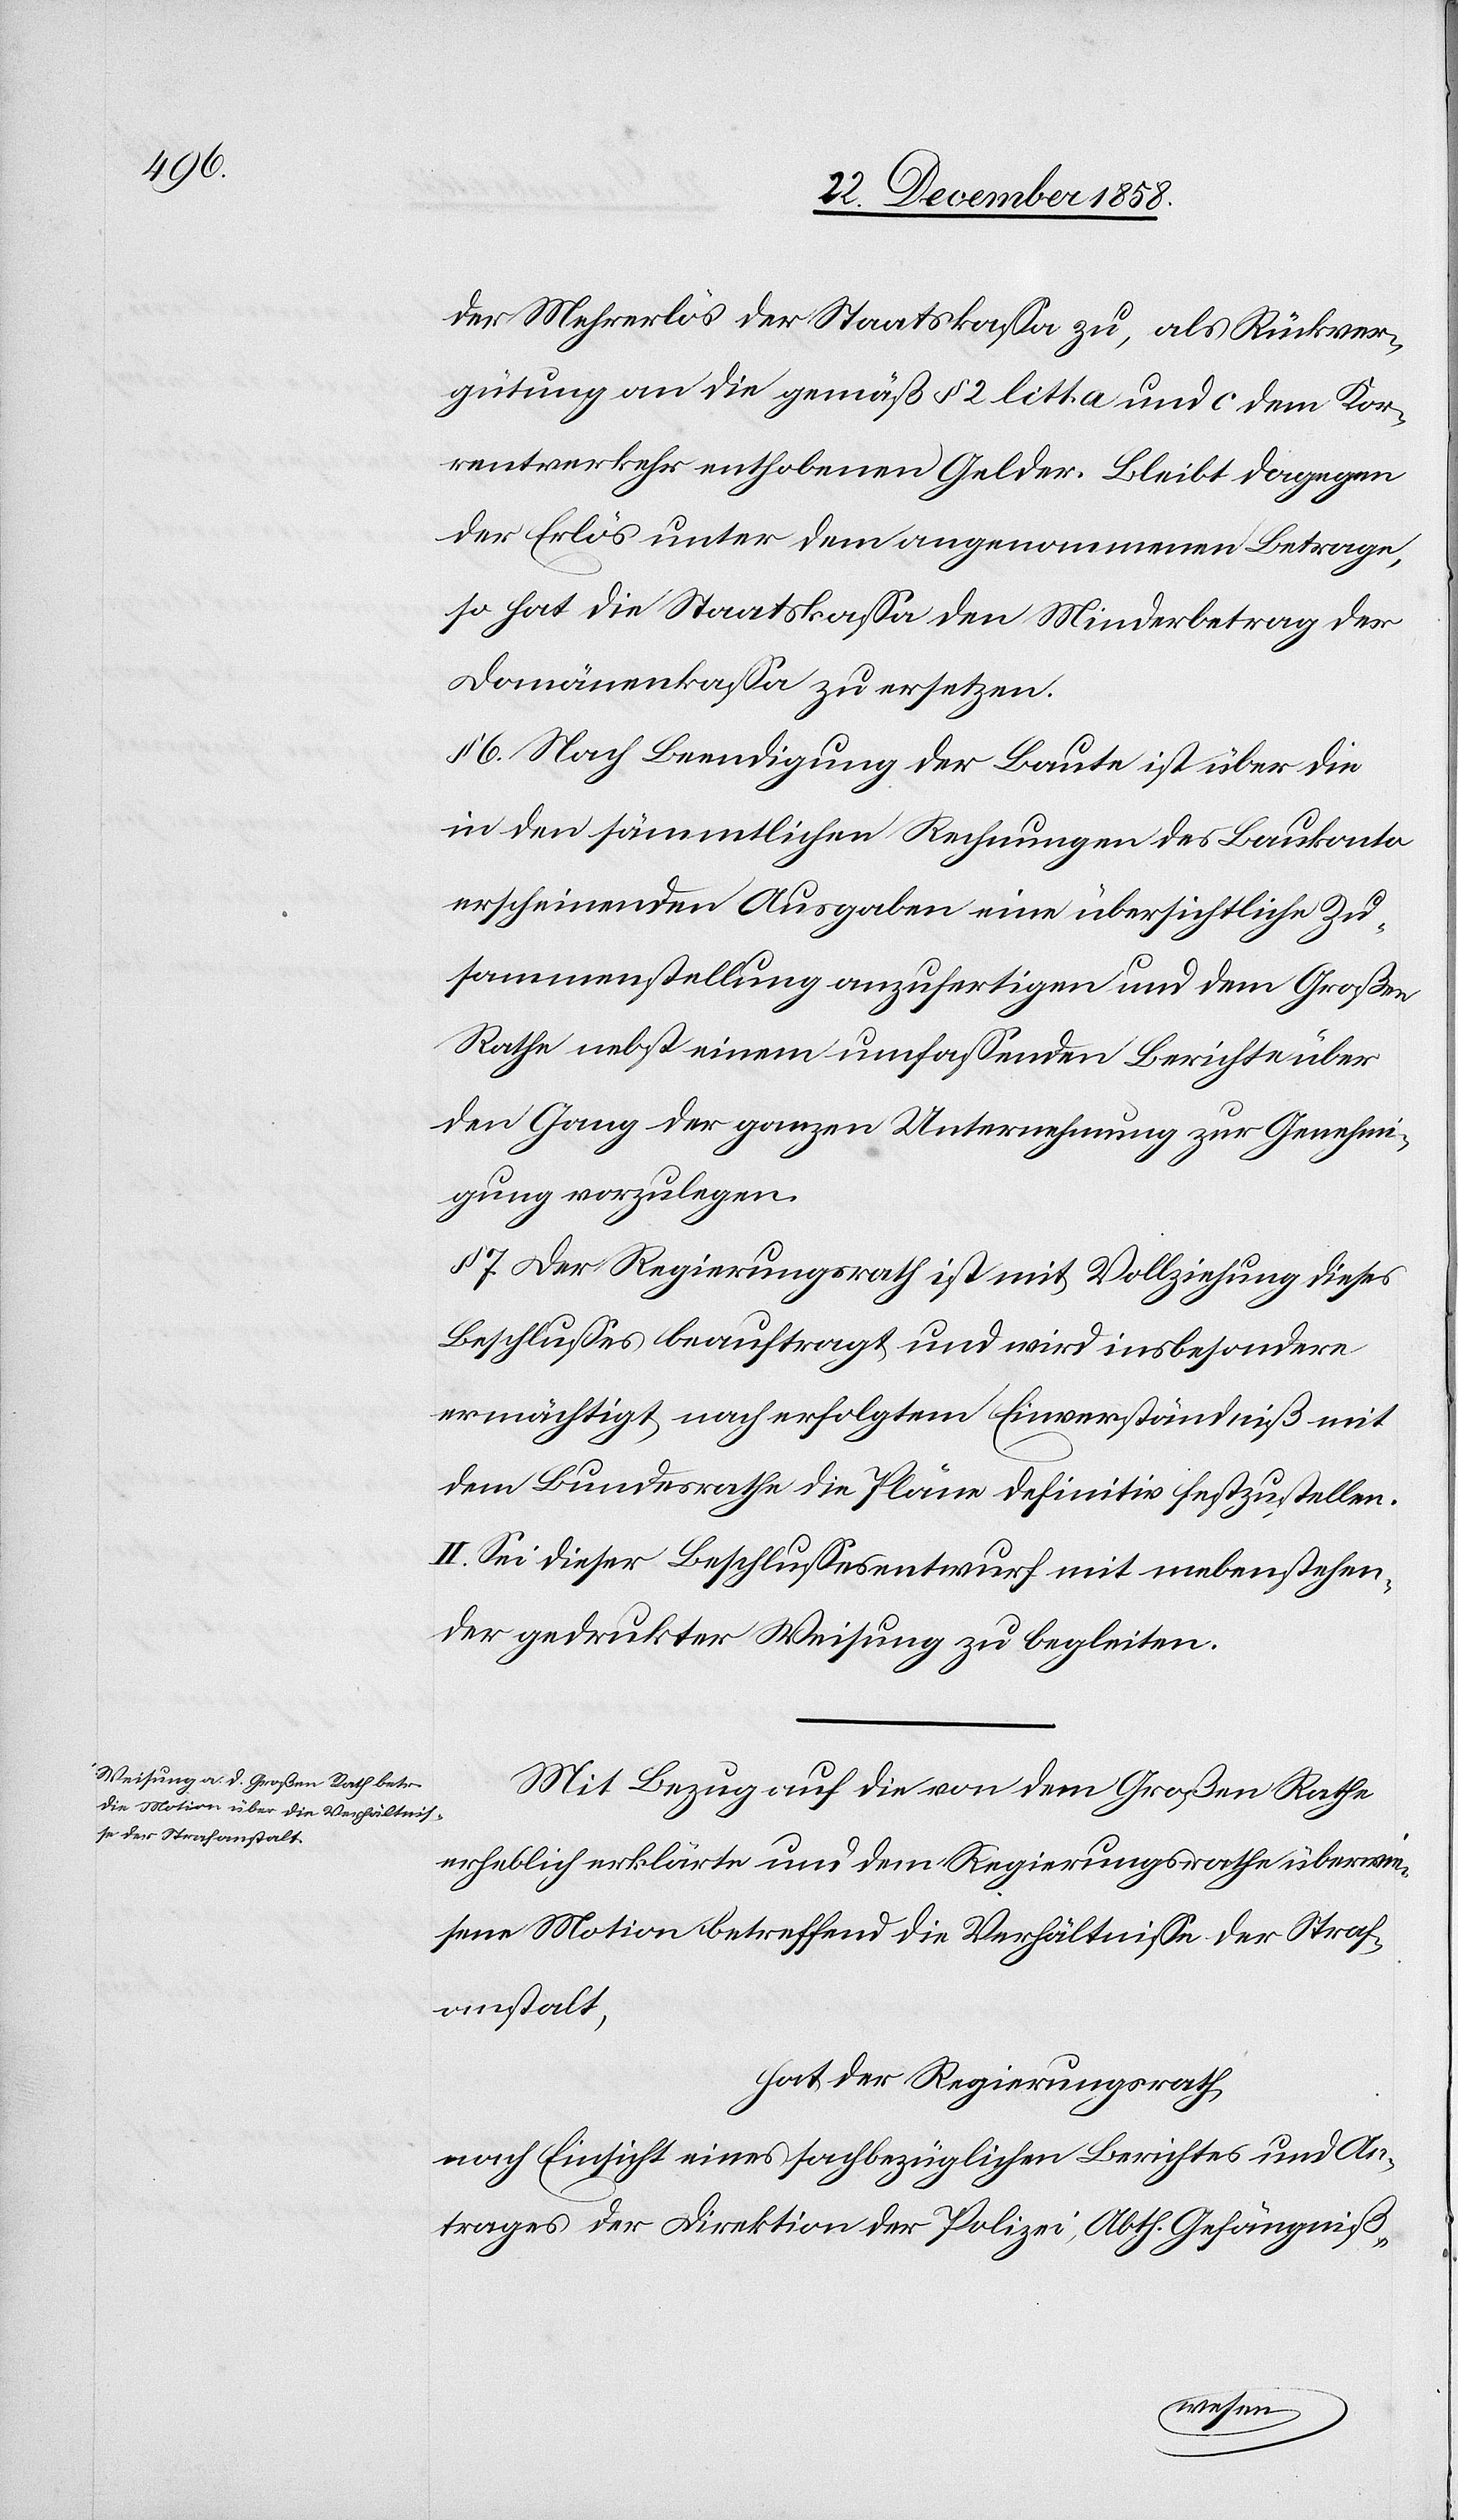
der Mehrerlös der Staatskassa zu, als Rückver¬
gütung an die gemäß § 2 litt. a und c dem Kor¬
rentverkehr enthobenen Gelder. Bleibt dagegen
der Erlös unter dem angenommenen Betrage,
so hat die Staatskassa den Minderbetrag der
Domänenkassa zu ersetzen.
§ 6. Nach Beendigung der Baute ist über die
in den sämmtlichen Rechnungen des Baukonto
erscheinenden Ausgaben eine übersichtliche Zu¬
sammenstellung anzufertigen und dem Großen
Rathe nebst einem umfassenden Berichte über
den Gang der ganzen Unternehmung zur Genehmi¬
gung vorzulegen.
§ 7. Der Regierungsrath ist mit Vollziehung dieses
Beschlusses beauftragt und wird insbesondere
ermächtigt, nach erfolgtem Einverständniß mit
dem Bundesrathe die Pläne definitiv festzustellen.
II. Sei dieser Beschlussesentwurf mit mebenstehender
der] gedrukter Weisung zu begleiten.
Mit Bezug auf die von dem Großen Rathe
erheblich erklärte und dem Regierungsrathe überwie¬
sene Motion betreffend die Verhältnisse der Straf¬
anstalt,
hat der Regierungsrath,
nach Einsicht eines sachbezüglichen Berichtes und An¬
trages der Direktion der Polizei, Abth. Gefängniß-
nebenstehen¬